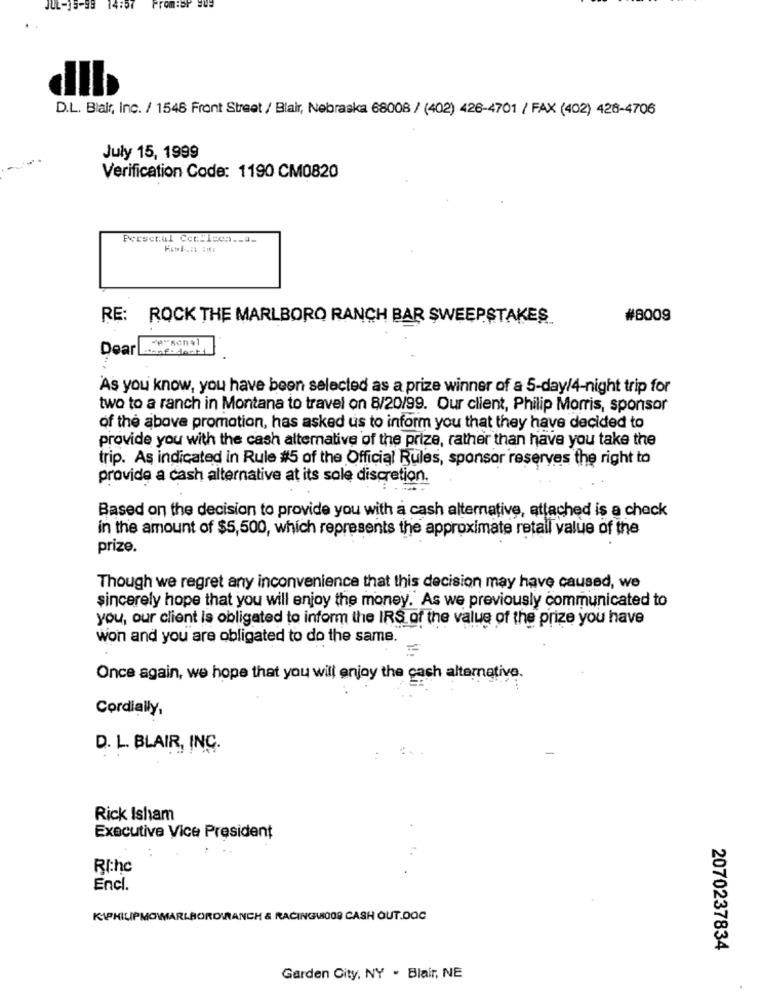
JUL-15-98 14:57
Prom :BP QUE
D.L. Blair, Inc. / 1546 Front Street / Blair, Nebraska 68008 / (402) 426-4701 / FAX (402) 428-4706
July 15, 1999
Verification Code: 1190 CM0820
Persecul Ccc:isen .- a-
RE: ROCK THE MARLBORO RANCH BAR SWEEPSTAKES
#8009
Dear
'As you know, you have been selected as a prize winner of a 5-day/4-night trip for
two to a ranch in Montana to travel on 8/20/99. Our client, Philip Morris, sponsor
of the above promotion, has asked us to inform you that they have decided to
provide you with the cash alternative of the prize, rather than have you take the
trip. As indicated in Rule #5 of the Official Rules, sponsor reserves the right to
provide a cash alternative at its sole discretion.
Based on the decision to provide you with a cash alternative, attached is a check
in the amount of $5,500, which represents the approximate retail value of the
prize.
Though we regret any inconvenience that this decision may have caused, we
sincerely hope that you will enjoy the money. As we previously communicated to
you, our client is obligated to inform the IRS of the value of the prize you have
won and you are obligated to do the same.
Once again, we hope that you will enjoy the cash alternative.
Cordially,
D. L. BLAIR, INC.
Rick Isham
Executive Vice President
RI:hc
Encl.
KIPHILIPMOWMARLBOROVIANCH & RACING1009 CASH OUT.DOC
2070237834
Garden City, NY . Blair, NE